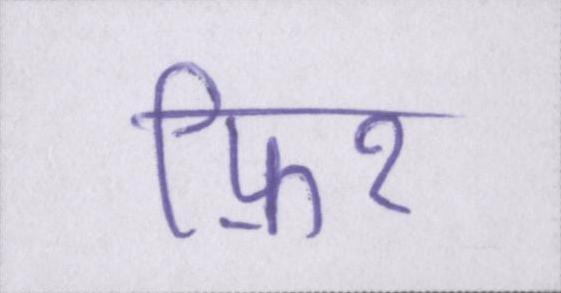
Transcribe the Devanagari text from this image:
फ़िर